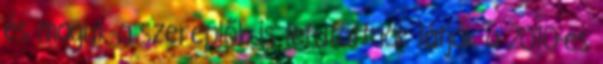
és maguk a szereplők is lefutottnak látják a 2010-es